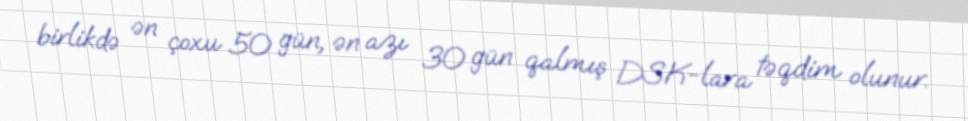
birlikdə ən çoxu 50 gün, ən azı 30 gün qalmış DSK-lara təqdim olunur.